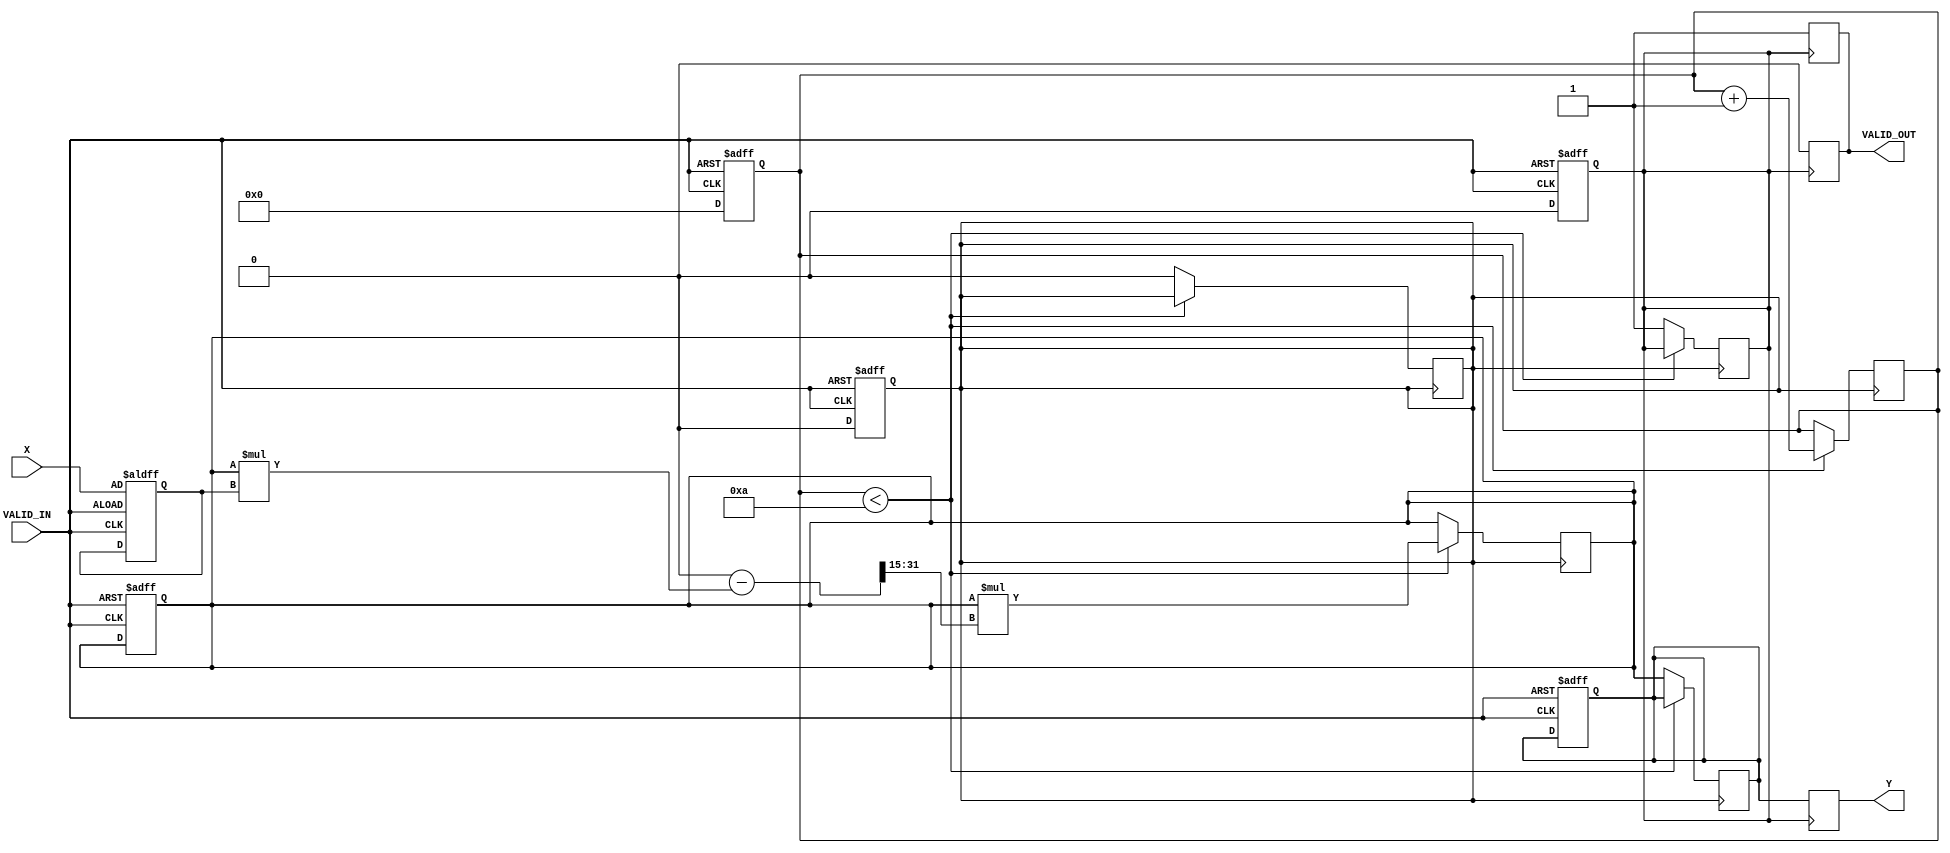
module DirectReciprocalUnit #(
    parameter INPUT_WIDTH = 16,   // Width of input data
    parameter OUTPUT_WIDTH = 32,  // Width of output data
    parameter MAX_ITER = 10        // Maximum iterations for Newton-Raphson
)(
    input wire [INPUT_WIDTH-1:0] X,         // Input data
    input wire VALID_IN,                      // Input valid signal
    output reg [OUTPUT_WIDTH-1:0] Y,        // Reciprocal result
    output reg VALID_OUT                      // Output valid signal
);

    reg [OUTPUT_WIDTH-1:0] reciprocal;       // Internal variable for reciprocal
    reg [INPUT_WIDTH-1:0] x_reg;              // Registered input value
    reg [3:0] count;                          // Iteration counter
    reg [OUTPUT_WIDTH-1:0] approx;            // Approximation for Newton-Raphson
    reg valid_reg;                            // Registered valid signal
    reg calculating;                          // State of the calculation

    always @(posedge VALID_IN or negedge VALID_IN) begin
        if (!VALID_IN) begin
            valid_reg <= 0;
            calculating <= 0;
            count <= 0;
        end else begin
            x_reg <= X;
            reciprocal <= 0; // Reset the reciprocal
            approx <= 32'h00000001; // Starting approximation (1.0 in fixed-point)
            count <= 0;
            calculating <= 1;
            valid_reg <= 0; // Output not valid yet
        end
    end

    always @(posedge calculating) begin
        if (count < MAX_ITER) begin
            // Newton-Raphson iteration: x_n+1 = x_n * (2 - x_n * X)
            approx <= approx * (2**OUTPUT_WIDTH - (approx * x_reg) >> (INPUT_WIDTH - 1));
            count <= count + 1;
        end else begin
            reciprocal <= approx;
            valid_reg <= 1; // Signal that the output is valid
            calculating <= 0; // End calculating
        end
    end

    always @(posedge valid_reg) begin
        Y <= reciprocal;  // Assign the result to output
        VALID_OUT <= 1;   // Assert the valid output
    end

    always @(negedge valid_reg) begin
        VALID_OUT <= 0; // De-assert valid output
    end

endmodule